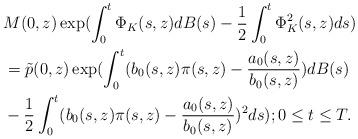
LaTeX: \begin{align*}&M(0,z)\exp( \int_0^t \Phi_K(s,z)dB(s) -\frac{1}{2} \int_0^t \Phi_K^2(s,z) ds)\\&=\tilde{p}(0,z) \exp(\int_0^t (b_0(s,z)\pi(s,z)-\frac{a_0(s,z)}{b_0(s,z)})dB(s)\\&-\frac{1}{2} \int_0^t (b_0(s,z)\pi(s,z)-\frac{a_0(s,z)}{b_0(s,z)})^{2}ds);0\leq t \leq T.\end{align*}